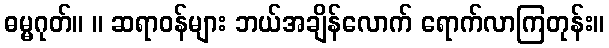
ဓမ္မဂုတ်။ ။ ဆရာဝန်များ ဘယ်အချိန်လောက် ရောက်လာကြတုန်း။